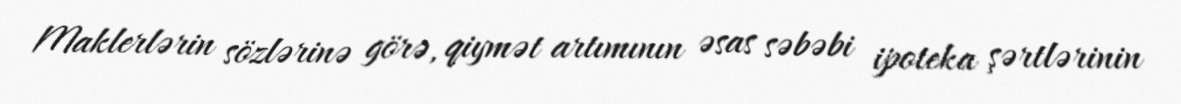
Maklerlərin sözlərinə görə, qiymət artımının əsas səbəbi ipoteka şərtlərinin